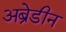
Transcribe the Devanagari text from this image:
अब्रेडीन